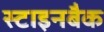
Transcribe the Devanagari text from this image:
स्टाइनबैक